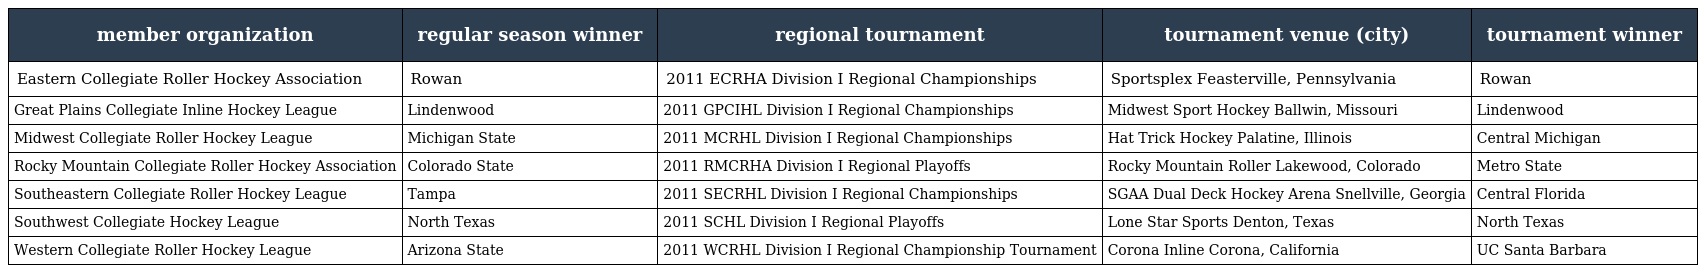
| member organization | regular season winner | regional tournament | tournament venue (city) | tournament winner |
 | --- | --- | --- | --- | --- |
 | Eastern Collegiate Roller Hockey Association | Rowan | 2011 ECRHA Division I Regional Championships | Sportsplex Feasterville, Pennsylvania | Rowan |
 | Great Plains Collegiate Inline Hockey League | Lindenwood | 2011 GPCIHL Division I Regional Championships | Midwest Sport Hockey Ballwin, Missouri | Lindenwood |
 | Midwest Collegiate Roller Hockey League | Michigan State | 2011 MCRHL Division I Regional Championships | Hat Trick Hockey Palatine, Illinois | Central Michigan |
 | Rocky Mountain Collegiate Roller Hockey Association | Colorado State | 2011 RMCRHA Division I Regional Playoffs | Rocky Mountain Roller Lakewood, Colorado | Metro State |
 | Southeastern Collegiate Roller Hockey League | Tampa | 2011 SECRHL Division I Regional Championships | SGAA Dual Deck Hockey Arena Snellville, Georgia | Central Florida |
 | Southwest Collegiate Hockey League | North Texas | 2011 SCHL Division I Regional Playoffs | Lone Star Sports Denton, Texas | North Texas |
 | Western Collegiate Roller Hockey League | Arizona State | 2011 WCRHL Division I Regional Championship Tournament | Corona Inline Corona, California | UC Santa Barbara |